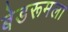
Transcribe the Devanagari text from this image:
बेडरूमला